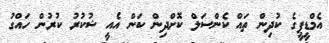
އެމްޑީޕީގެ ކުދިން ތައް ކެންސަލް ކޮށްދިން ކަން އެއީ ޝުކުރު ކުރުން ހައްގު